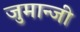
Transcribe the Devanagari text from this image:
जुमान्जी